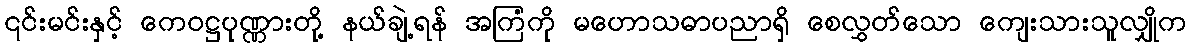
၎င်းမင်းနှင့် ကေဝဋ္ဌပုဏ္ဏားတို့ နယ်ချဲ့ရန် အကြံကို မဟောသဓာပညာရှိ စေလွှတ်သော ကျေးသားသူလျှိုက